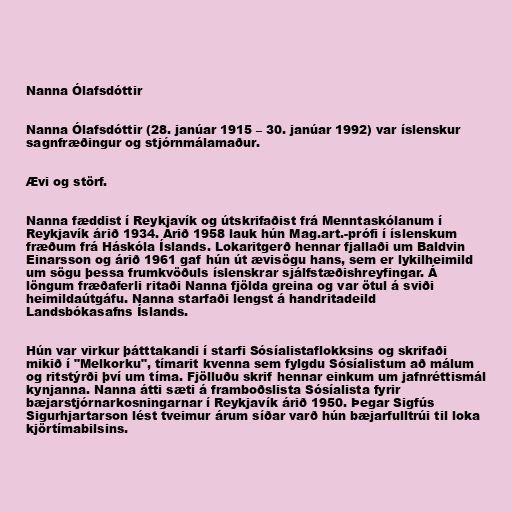
Nanna Ólafsdóttir

Nanna Ólafsdóttir (28. janúar 1915 – 30. janúar 1992) var íslenskur
sagnfræðingur og stjórnmálamaður.

Ævi og störf.

Nanna fæddist í Reykjavík og útskrifaðist frá Menntaskólanum í
Reykjavík árið 1934. Árið 1958 lauk hún Mag.art.-prófi í íslenskum
fræðum frá Háskóla Íslands. Lokaritgerð hennar fjallaði um Baldvin
Einarsson og árið 1961 gaf hún út ævisögu hans, sem er lykilheimild
um sögu þessa frumkvöðuls íslenskrar sjálfstæðishreyfingar. Á
löngum fræðaferli ritaði Nanna fjölda greina og var ötul á sviði
heimildaútgáfu. Nanna starfaði lengst á handritadeild
Landsbókasafns Íslands.

Hún var virkur þátttakandi í starfi Sósíalistaflokksins og skrifaði
mikið í "Melkorku", tímarit kvenna sem fylgdu Sósíalistum að málum
og ritstýrði því um tíma. Fjölluðu skrif hennar einkum um jafnréttismál
kynjanna. Nanna átti sæti á framboðslista Sósíalista fyrir
bæjarstjórnarkosningarnar í Reykjavík árið 1950. Þegar Sigfús
Sigurhjartarson lést tveimur árum síðar varð hún bæjarfulltrúi til loka
kjörtímabilsins.